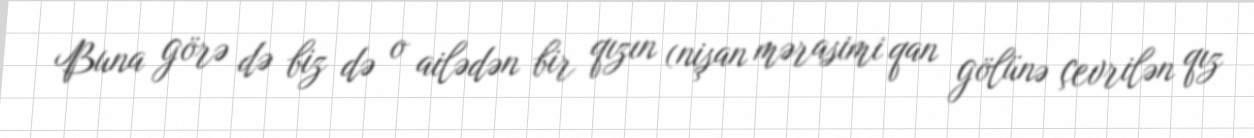
Buna görə də biz də o ailədən bir qızın (nişan mərasimi qan gölünə çevrilən qız